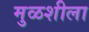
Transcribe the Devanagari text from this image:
मुळशीला